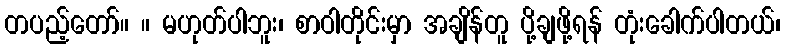
တပည့်တော်။ ။ မဟုတ်ပါဘူး၊ စာဝါတိုင်းမှာ အချိန်တူ ပို့ချဖို့ရန် တုံးခေါက်ပါတယ်၊